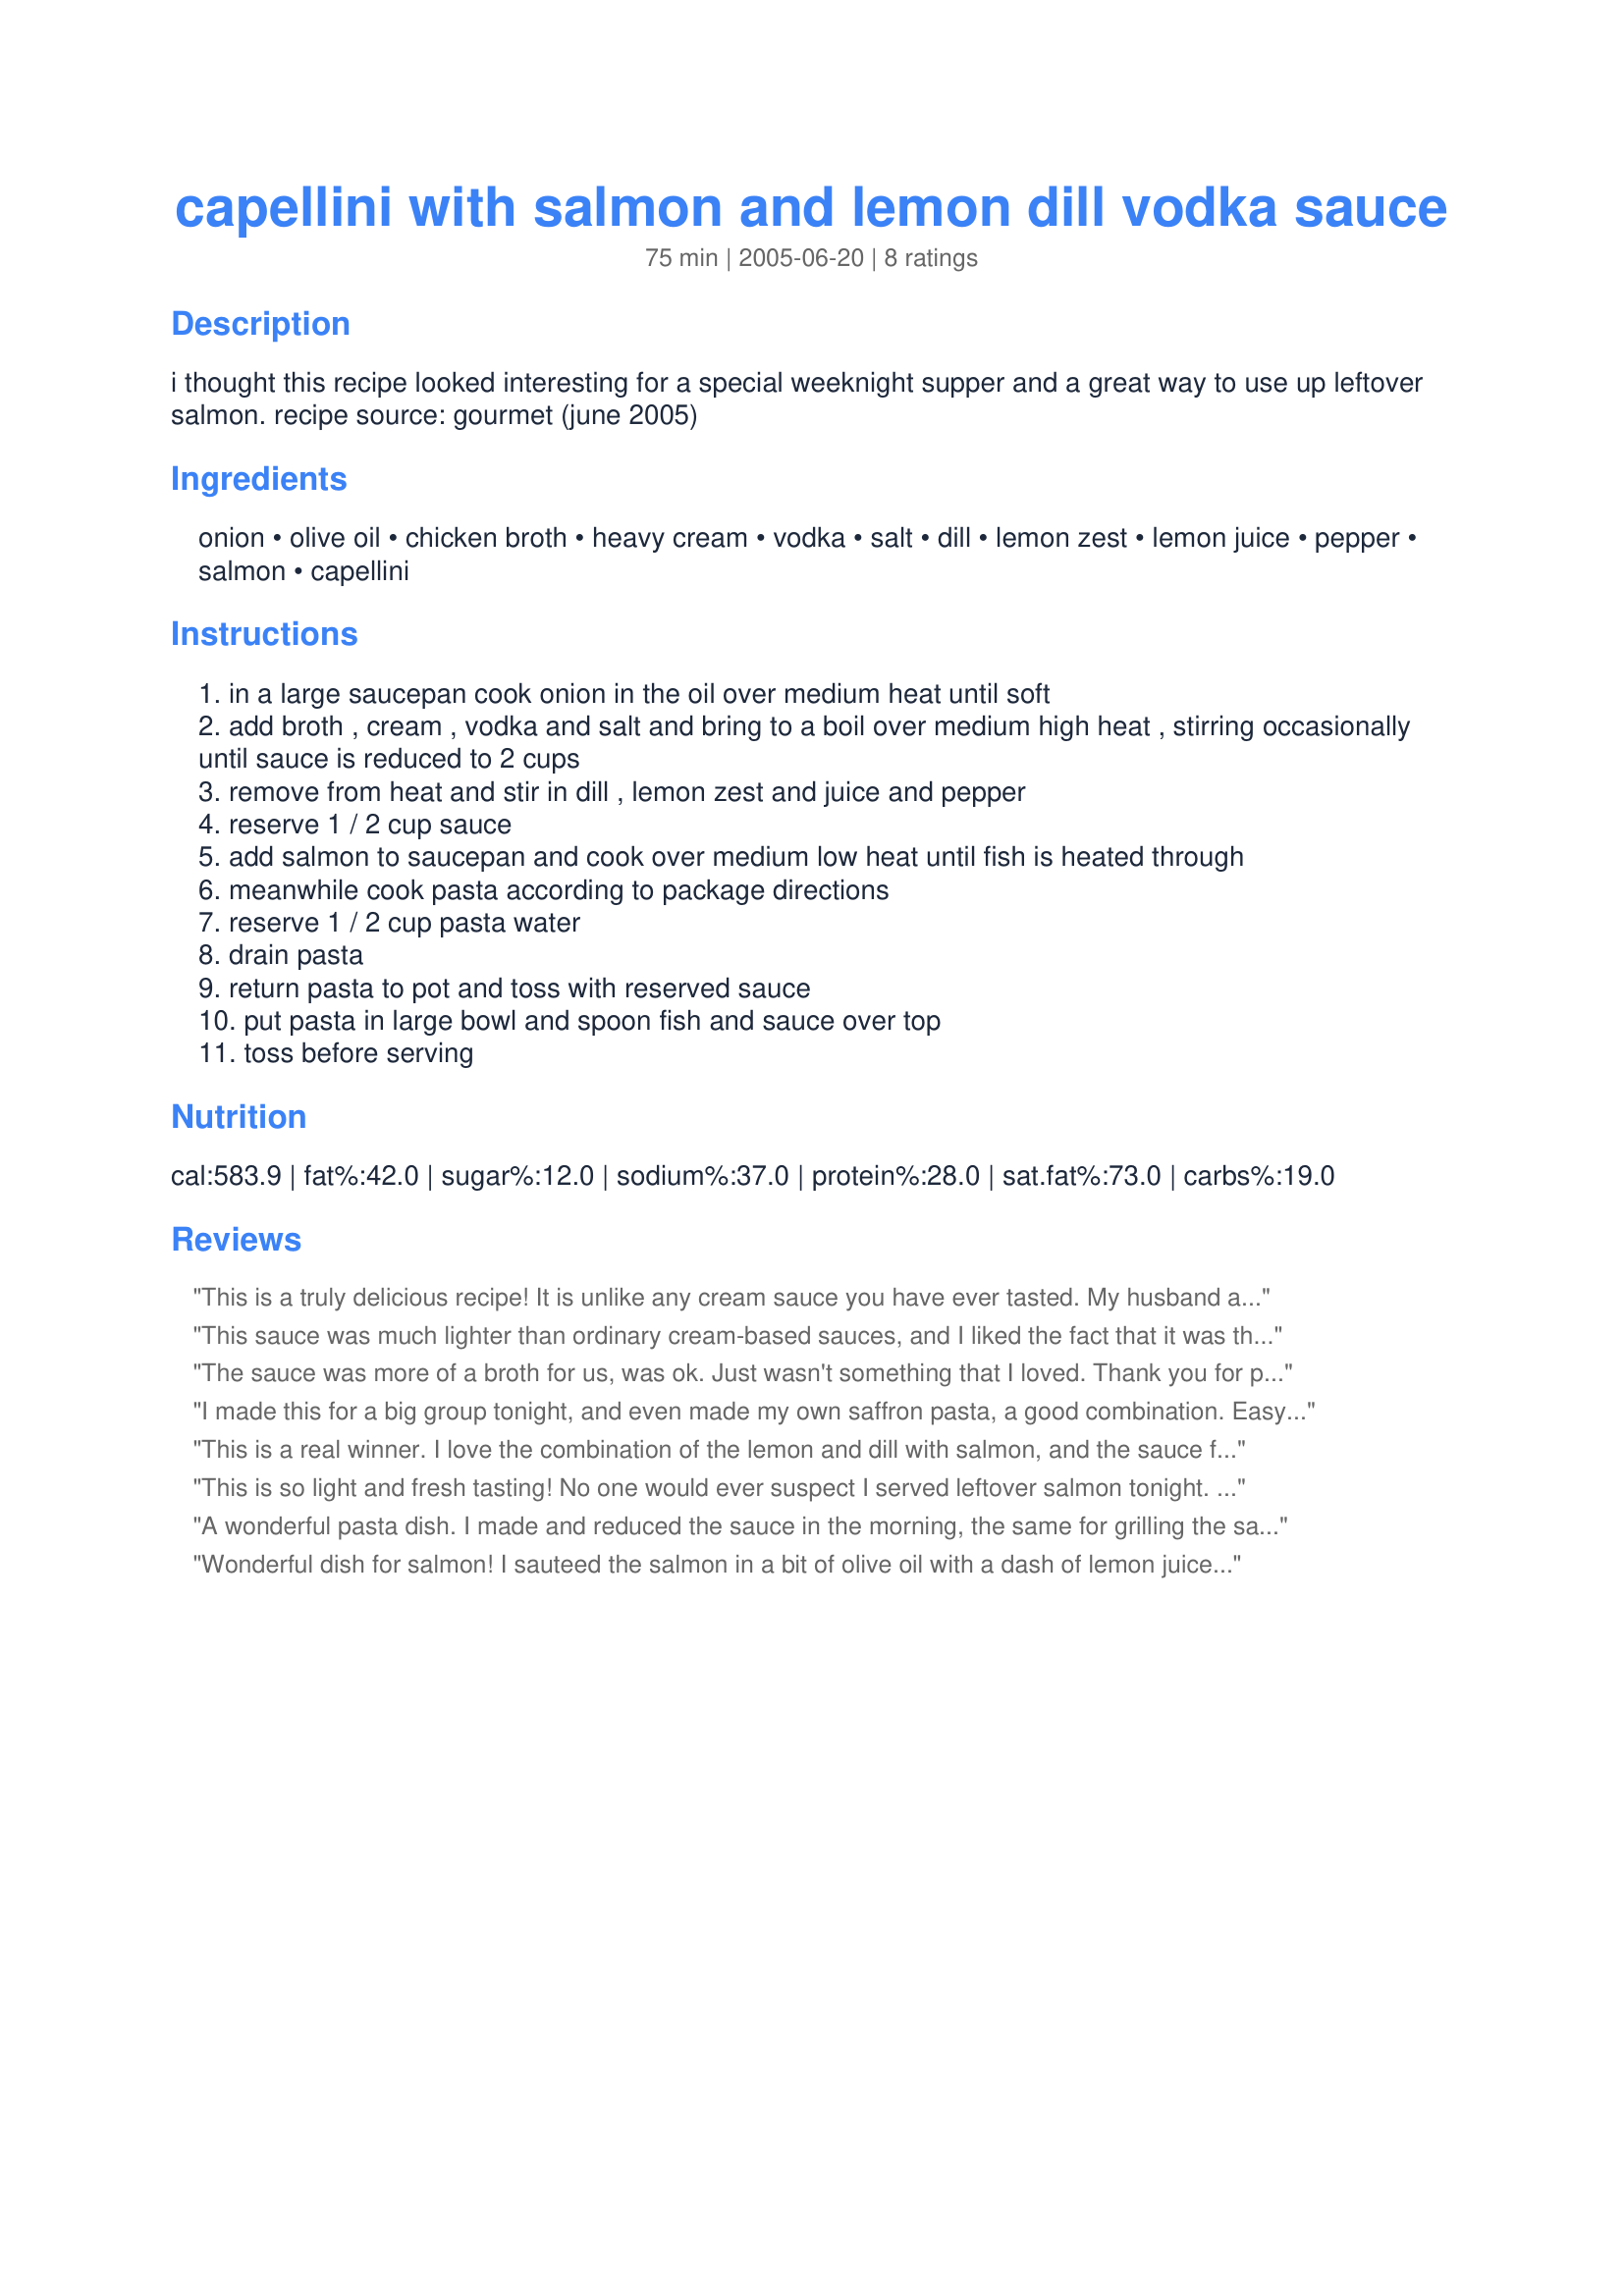
capellini with salmon and lemon dill vodka sauce
Preparation time: 75 minutes

i thought this recipe looked interesting for a special weeknight supper and a great way to use up leftover salmon. recipe source: gourmet (june 2005)

Ingredients:
onion, olive oil, chicken broth, heavy cream, vodka, salt, dill, lemon zest, lemon juice, pepper, salmon, capellini

Steps:
in a large saucepan cook onion in the oil over medium heat until soft
add broth , cream , vodka and salt and bring to a boil over medium high heat , stirring occasionally until sauce is reduced to 2 cups
remove from heat and stir in dill , lemon zest and juice and pepper
reserve 1 / 2 cup sauce
add salmon to saucepan and cook over medium low heat until fish is heated through
meanwhile cook pasta according to package directions
reserve 1 / 2 cup pasta water
drain pasta
return pasta to pot and toss with reserved sauce
put pasta in large bowl and spoon fish and sauce over top
toss before serving

Reviews:
This is a truly delicious recipe! It is unlike any cream sauce you have ever tasted. My husband and were very impressed with the flavour and creamy texture, it is well worth the time to prepare.
This sauce was much lighter than ordinary cream-based sauces, and I liked the fact that it was thinner as I found it coated the capellini well, but left it 'wet' enough for easy eating and slurping. I had made extra salmon yesterday just to try this recipe and it's a winner! Everything worked so well together flavour-wise and the whole family enjoyed it. Thanks.
The sauce was more of a broth for us, was ok. Just wasn't something that I loved. Thank you for posting. Made for ZWT 6.
I made this for a big group tonight, and even made my own saffron pasta, a good combination. Easy to make but very impressive dish. Made for ZWT 6.
This is a real winner. I love the combination of the lemon and dill with salmon, and the sauce feels a lot lighter than I would have expected. I make a similar dish using a jarred sauce, but I prefer the homemade sauce in this recipe. I broiled the salmon specifically for this recipe, rather than using leftover; if I were to do that again, I'd season the fish with lemon and dill before broiling or grilling to get those flavors integrated into the fish. I would have liked the sauce to thicken a bit more, but I'd be quite happy to eat this again just as it is. Made for ZWT6.
This is so light and fresh tasting! No one would ever suspect I served leftover salmon tonight. I made exactly as directed, changing nothing. After tasting the finished product, I still wouldn't change a thing. My husband sprinkled some freshly grated parmesan cheese on his serving and he says it is excellent! I will definitely make this again when I have leftover salmon! Thanks so much for your recommendation, Ellie!!
A wonderful pasta dish. I made and reduced the sauce in the morning, the same for grilling the salmon and in the evening it was very quick to put together. The sauce tasted intens with all the flavors coming through. I served this together with a tomato-cucumber salad and crusty bread.
Wonderful dish for salmon! I sauteed the salmon in a bit of olive oil with a dash of lemon juice and a sprinkle of dill and pepper while preparing the rest of the dish as directed. It was really good, with a lovely presentation! Thanks for sharing! ZWT6
